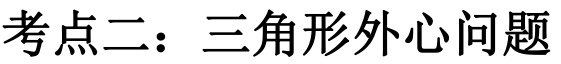
考点二：三角形外心问题